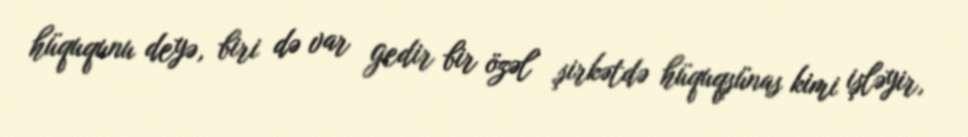
hüququnu deyə, biri də var gedir bir özəl şirkətdə hüquqşünas kimi işləyir,